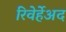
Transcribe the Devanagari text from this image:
रिवेर्हेअद